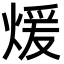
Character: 煖